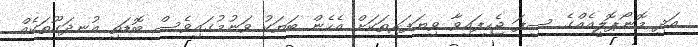
އަދި މޮނޯޕޮލީއެއްގެ ސިފަ ޖެހިފައިވާ ވިޔަފަރިތަކަށް އެހެން ބަޔަކު ވަނުމުގައިވެސް ބޮޑަތި އުނދަގޫތަކެއް